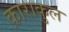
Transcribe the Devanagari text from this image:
क़ाराकुल